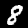
Digit: 8